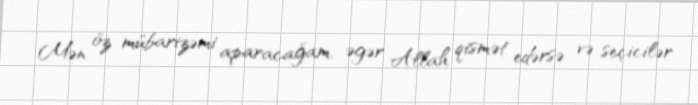
Mən öz mübarizəmi aparacağam, əgər Allah qismət edərsə və seçicilər